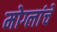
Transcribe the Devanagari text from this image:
मोग्लांचे